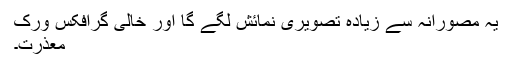
یہ مصورانہ سے زیادہ تصویری نمائش لگے گا اور خالی گرافکس ورک
معذرت۔